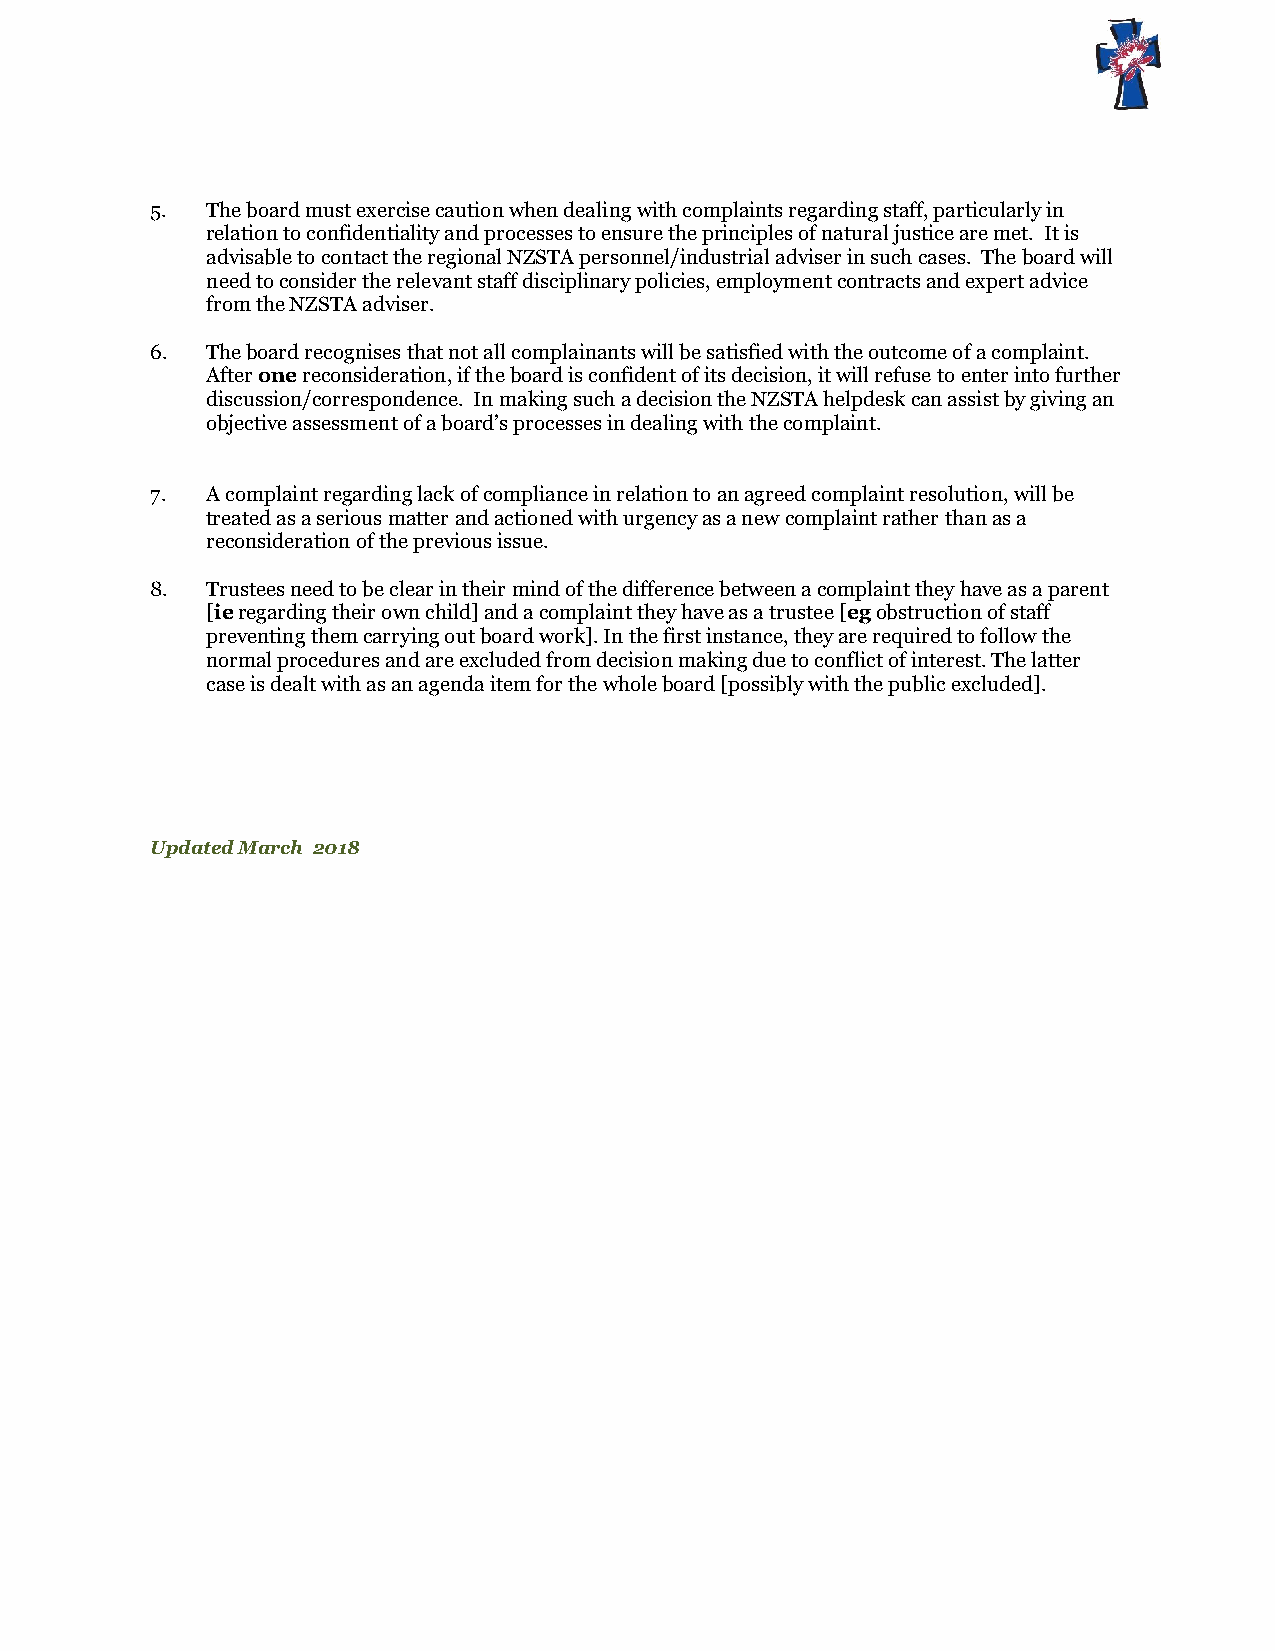
5.  The board must exercise caution when dealing with complaints regarding staff, particularly in
 relation to confidentiality and processes to ensure the principles of natural justice are met. It is
 advisable to contact the regional NZSTA personnel/industrial adviser in such cases. The board will
 need to consider the relevant staff disciplinary policies, employment contracts and expert advice
 from the NZSTA adviser.
 6.  The board recognises that not all complainants will be satisfied with the outcome of a complaint.
 After one reconsideration, if the board is confident of its decision, it will refuse to enter into further
 discussion/correspondence. In making such a decision the NZSTA helpdesk can assist by giving an
 objective assessment of a board’s processes in dealing with the complaint.
 7.  A complaint regarding lack of compliance in relation to an agreed complaint resolution, will be
 treated as a serious matter and actioned with urgency as a new complaint rather than as a
 reconsideration of the previous issue.
 8.  Trustees need to be clear in their mind of the difference between a complaint they have as a parent
 [ie regarding their own child] and a complaint they have as a trustee [eg obstruction of staff
 preventing them carrying out board work]. In the first instance, they are required to follow the
 normal procedures and are excluded from decision making due to conflict of interest. The latter
 case is dealt with as an agenda item for the whole board [possibly with the public excluded].
 Updated March 2018